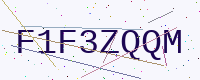
Text: F1F3ZQQM